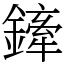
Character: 鏲